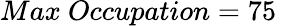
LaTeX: Max~Occupation=75\